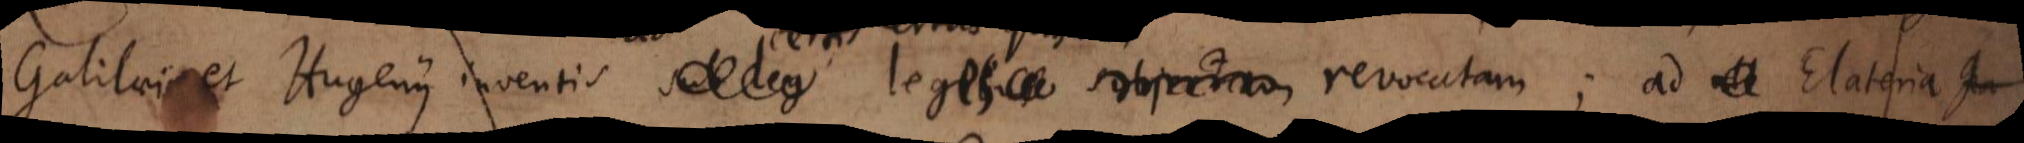
Galilaei et Hugenii inventis sub leg legibus subjectam revocatam; ad Elateria